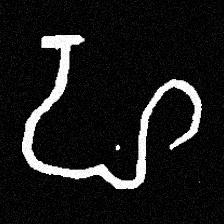
Pyu character \u2014 Myanmar letter: ဟ (romanized: ha)